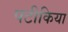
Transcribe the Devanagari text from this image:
पटीकिया